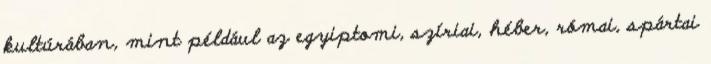
kultúrában, mint például az egyiptomi, szíriai, héber, római, spártai